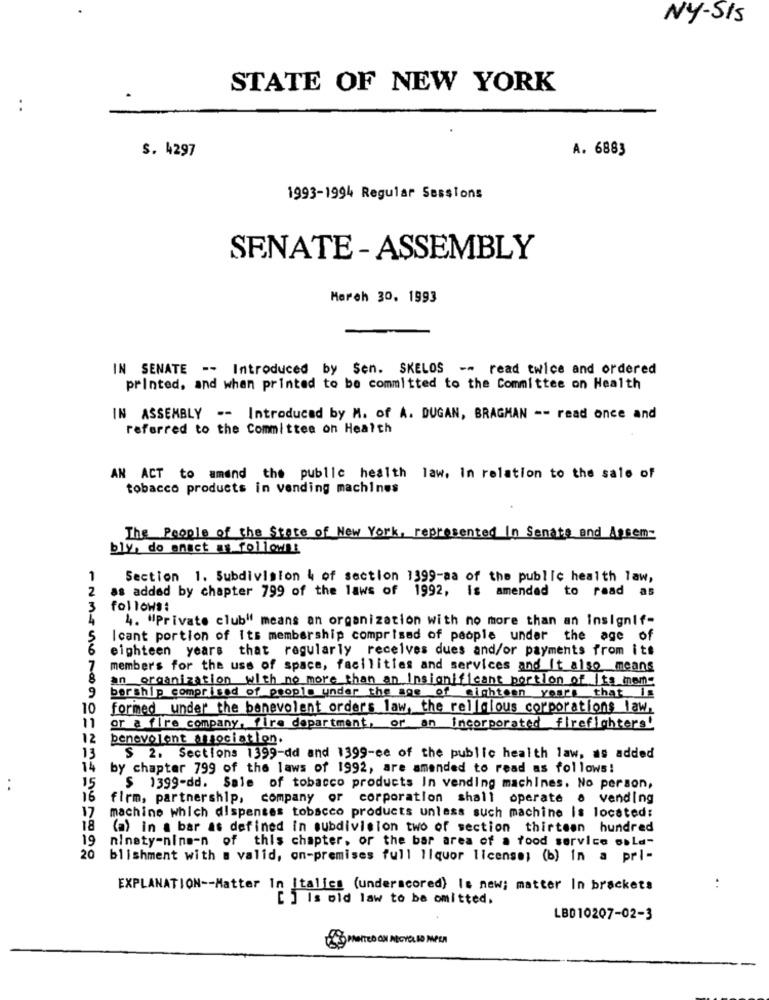
NY-SIS
STATE OF NEW YORK
..
A. 6883
$. 4297
1993-1994 Regular Sessions
SENATE - ASSEMBLY
March 30, 1993
IN SENATE -- Introduced by Sen. SKELOS -- read twice and ordered
printed, and when printed to be committed to the Committee on Health
IN ASSEMBLY -- Introduced by M. of A. DUGAN, BRAGMAN -- read once and
referred to the Committee on Health
AN ACT to amend the public health law. In relation to the sale of
tobacco products in vending machines
The People of the State of New York, represented In Senate and Apsem-
bly, do enact as follows:
1
Section 1. Subdivision 4 of section 1399-aa of the public health law,
2
as added by chapter 799 of the laws of 1992, is amended to read as
3
follows:
4. "Private club" means an organization with no more than an Insignif-
Icant portion of its membership comprised of people under the age of
eighteen years that regularly receives dues and/or payments from its
member's for the use of space, facilities and services and it also_means
an organization with no more than an Insignificant portion of its moms
9
bership comprised of people under the age of mighteen years that Is
10
formed under the benevolent orders law. the religious corporations law,
11
or a fire company, fire department, or an incorporated firefighters!
12
benevolent association.
13
$ 2. Sections 1399-dd and 1399-ee of the public health law, as added
14
by chapter 799 of the laws of 1992, are amended to read as follows!
15
:
$ 1399-dd. Sale of tobacco products In vending machines. No person,
16
firm, partnership, company or corporation shall operate a vending
17
machine which dispenses tobacco products unless such machine is located:
18
(a) in a bar as defined in subdivision two of section thirteen hundred
19
ninety-nine-n of this chapter, or the bar area of a food service sala-
20
blishment with a valid, on-premises full liquor license) (b) in a pri-
EXPLANATION -- Matter in Italics (underscored) Is new; matter In brackets
..
[ ] is old law to be omitted.
LBD10207-02-3
MOITED ON NECVEL ID MPEN